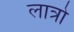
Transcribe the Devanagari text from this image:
लात्रो